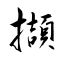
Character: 擷